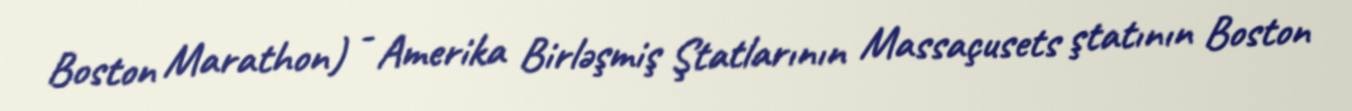
Boston Marathon) - Amerika Birləşmiş Ştatlarının Massaçusets ştatının Boston